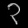
Digit: ၃